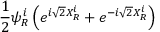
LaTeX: \frac { 1 } { 2 } \psi _ { R } ^ { i } \left( e ^ { i \sqrt { 2 } X _ { R } ^ { i } } + e ^ { - i \sqrt { 2 } X _ { R } ^ { i } } \right)